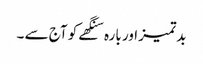
بدتمیز اور بارہ سنگھے کو آج سے ۔